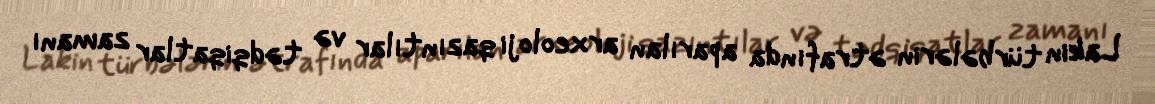
Lakin türbələrin ətrafında aparılan arxeoloji qazıntılar və tədqiqatlar zamanı